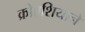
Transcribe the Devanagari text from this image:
क्रोएशियाने